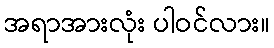
အရာအားလုံး ပါဝင်လား။